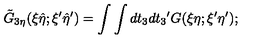
{ \tilde { G } } _ { 3 \eta } ( \xi { \hat { \eta } } ; { \xi } ^ { \prime } { \hat { \eta } } ^ { \prime } ) = \int \int d t _ { 3 } d { t _ { 3 } } ^ { \prime } G ( \xi \eta ; { \xi } ^ { \prime } { \eta } ^ { \prime } ) ;